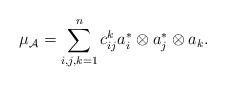
LaTeX: \begin{align*}\mu_\mathcal{A}=\sum_{i,j,k=1}^n c^k_{ij} a^*_i \otimes a^*_j \otimes a_k. \end{align*}